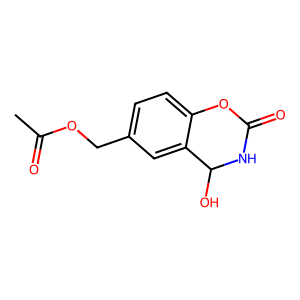
SMILES: CC(=O)OCc1ccc2c(c1)C(O)NC(=O)O2
Inhibits HIV replication: No